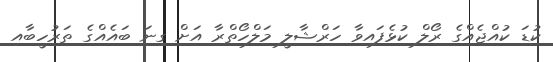
ކުޑަ ކުއްޖެއްގެ ރޯލް ކުޅެފައިވާ ހަރްޝާލީ މަލްހޯތްރާ އަށް ގިނަ ބައެއްގެ ތަރުހީބާއި